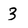
Character: 3